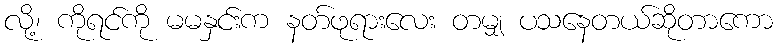
လို့၊ ကိုရင်ကို မမနှင်းက နတ်ဖုရားလေး တမျှ ပသနေတယ်ဆိုတာကော